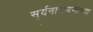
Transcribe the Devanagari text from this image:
सूर्यनारायणाच्या